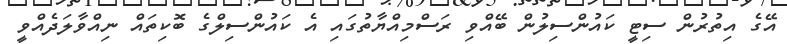
އޭގެ އިތުރުން ސިޓީ ކައުންސިލުން ބޭއްވި ރަސްމިއްޔާތުގައި އެ ކައުންސިލްގެ ބޮކިތައް ނިއްވާލަދެއްވީ